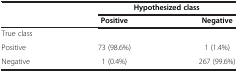
<table><thead><tr><td><b> </b></td><td colspan="2"><b>Hypothesized class</b></td></tr><tr><td><b> </b></td><td><b>Positive</b></td><td><b>Negative</b></td></tr></thead><tbody><tr><td colspan="3">True class</td></tr><tr><td>Positive</td><td>73 (98.6%)</td><td>1 (1.4%)</td></tr><tr><td>Negative</td><td>1 (0.4%)</td><td>267 (99.6%)</td></tr></tbody></table>